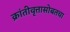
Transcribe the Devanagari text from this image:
क्रांतीवृत्तासोबतचा